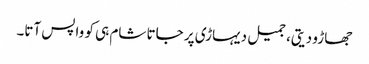
جھاڑو دیتی، جمیل دیہاڑی پر جاتا شام ہی کو واپس آتا۔